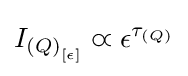
I_{{(Q)}_{[\epsilon ]}}\varpropto \epsilon ^{\tau _{(Q)}}